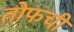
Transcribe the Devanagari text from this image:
तोफची